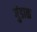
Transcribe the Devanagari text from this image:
गुंडाळ